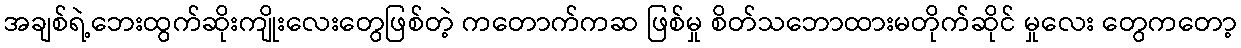
အချစ်ရဲ့ဘေးထွက်ဆိုးကျိုးလေးတွေဖြစ်တဲ့ ကတောက်ကဆ ဖြစ်မှု စိတ်သဘောထားမတိုက်ဆိုင် မှုလေး တွေကတော့